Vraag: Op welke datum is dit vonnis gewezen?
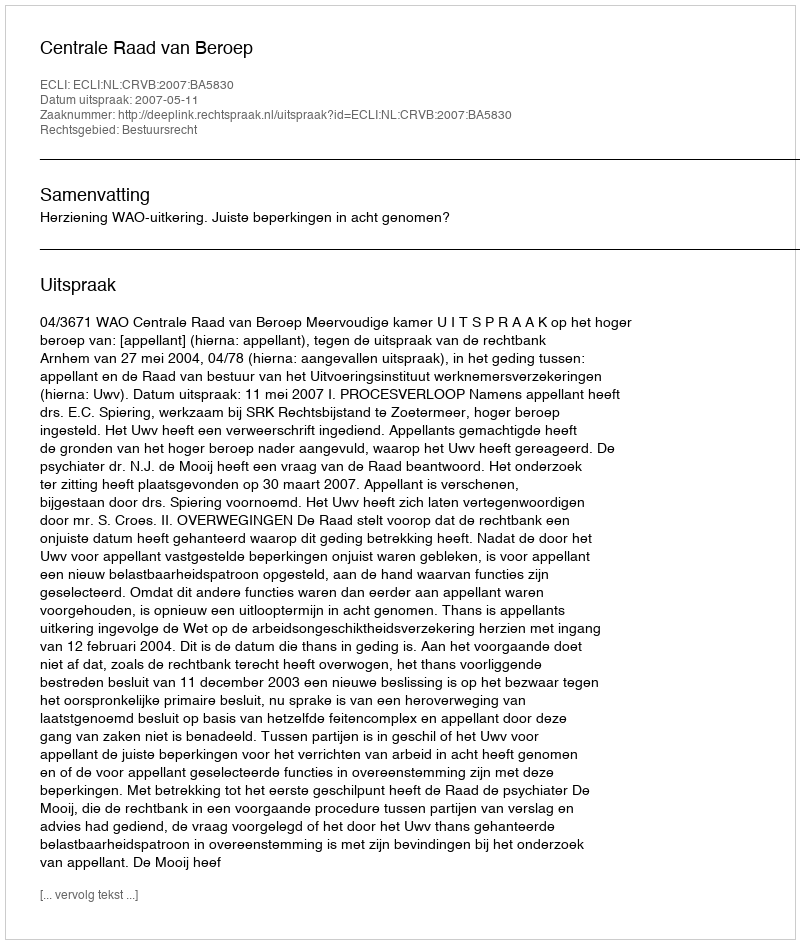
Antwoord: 2007-05-11